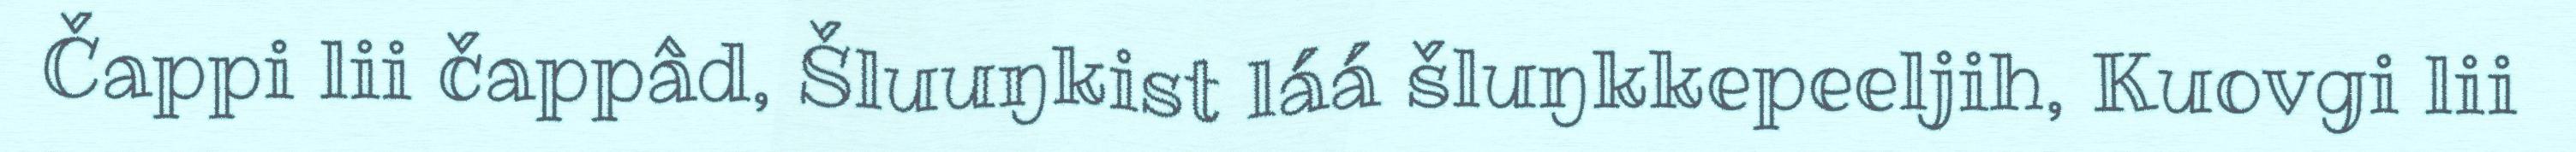
Čappi lii čappâd, Šluuŋkist láá šluŋkkepeeljih, Kuovgi lii